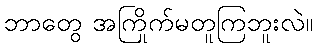
ဘာတွေ အကြိုက်မတူကြဘူးလဲ။